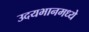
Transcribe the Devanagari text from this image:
उदयभानमध्ये